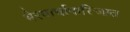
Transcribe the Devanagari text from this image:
भैरवार्चापारिजात